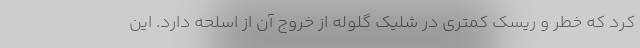
کرد که خطر و ریسک کمتری در شلیک گلوله از خروج آن از اسلحه دارد. این